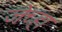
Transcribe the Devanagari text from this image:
जेच्हा